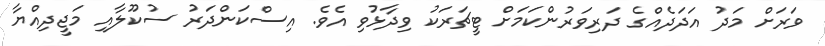
ވަރަށް މަދު އަދަދެއްގެ ދަރިވަރުންކަމަށް ޓީޗަރަކު ވިދާޅުވި އެވެ. އިސްކަންދަރު ސުކޫލާއި މަޖީދިއްޔާ